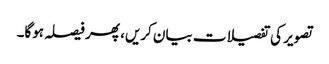
تصویر کی تفصیلات بیان کریں، پھر فیصلہ ہوگا۔